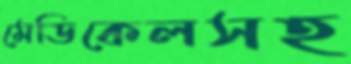
মেডিকেলসহ